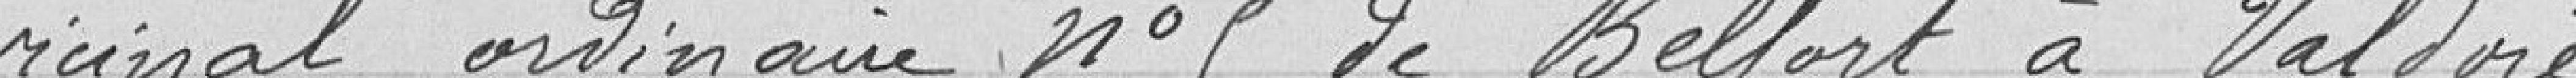
vicinal ordinaire n°5 de Belfort à Valdoie.